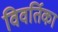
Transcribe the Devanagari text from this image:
विवर्तिका